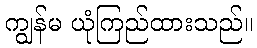
ကျွန်မ ယုံကြည်ထားသည်။